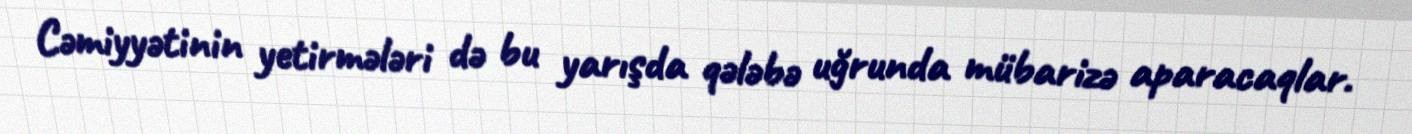
Cəmiyyətinin yetirmələri də bu yarışda qələbə uğrunda mübarizə aparacaqlar.